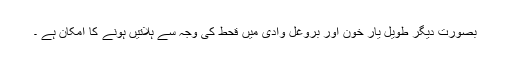
بصورت دیگر طویل یار خون اور بروغل وادی میں قحط کی وجہ سے ہلاتیں ہونے کا امکان ہے ۔